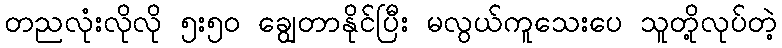
တညလုံးလိုလို ၅း၅၀ ချွေတာနိုင်ပြီး မလွယ်ကူသေးပေ သူတို့လုပ်တဲ့